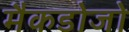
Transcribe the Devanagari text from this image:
मैकडोजो